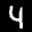
Label: 4